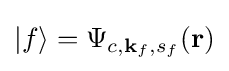
|f\rangle =\Psi _{c,{\textbf {k}}_{f},s_{f}}({\textbf {r}})